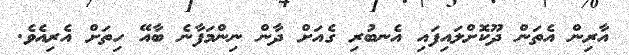
އާރިން އެތަން ދޫކޮށްލައިފައި އެނބުރި ގެއަށް ދާން ނިންމަފާނެ ބާއޭ ހިތަށް އެރިއެވެ.